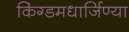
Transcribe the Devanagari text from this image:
किंग्डमधार्जिण्या